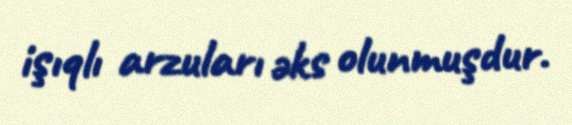
işıqlı arzuları əks olunmuşdur.